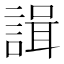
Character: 諿